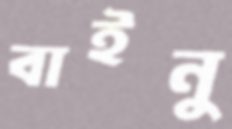
বাইনু